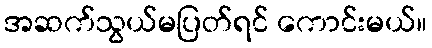
အဆက်သွယ်မပြတ်ရင် ကောင်းမယ်။